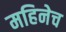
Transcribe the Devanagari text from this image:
महिनेच